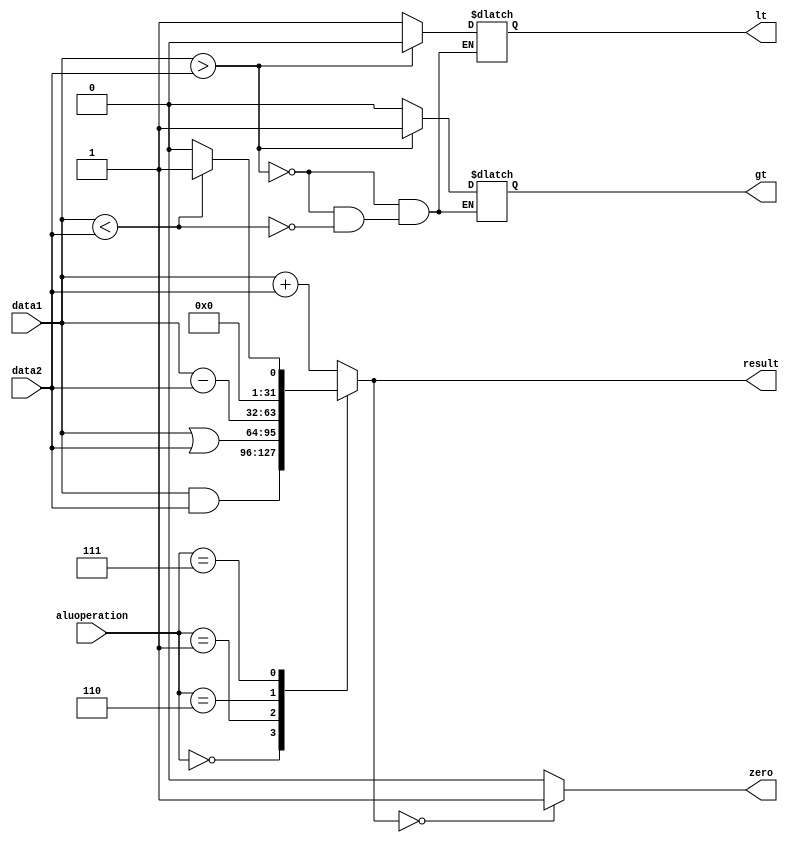

module ALU(input [31:0] data1,data2,input [3:0] aluoperation,
output reg [31:0] result,output reg zero,lt,gt);

  always@(aluoperation,data1,data2)
  begin
    case (aluoperation)
      4'b0000 : result = data1 & data2; 
      4'b0001 : result = data1 | data2; 
      4'b0010 : result = data1 + data2; 
      4'b0110 : result = data1 - data2; 
      4'b0000 : result = ~(data1 | data2);
      4'b0111 :  // setOnLessThan
       begin 
         if (data1<data2)result=1'b1;
         else result=1'b0;
         end
      default : result = data1 + data2; // ADD
    endcase
    
    if(data1>data2)
      begin
       gt = 1'b1;
       lt = 1'b0; 
      end else if(data1<data2)
      begin
       gt = 1'b0;
       lt = 1'b1;  
      end
      
    if (result==32'd0) zero=1'b1;
    else zero=1'b0;
     
  end
  

endmodule